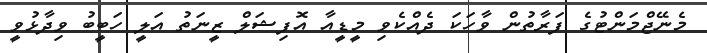
މެނޭޖްމަންޓުގެ ފަރާތުން ވާހަކަ ދެއްކެވި މީޑީއާ އޮފިޝަލް ޒީނަތު އަލީ ހަބީބު ވިދާޅުވީ